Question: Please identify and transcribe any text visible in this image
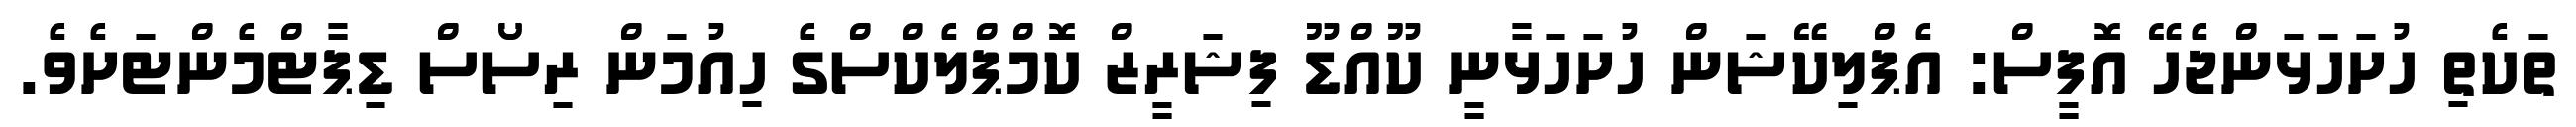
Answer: ތަކެތި ހުށަހަޅަންޖެހޭ އޮފީސް: އެޕްލިކޭޝަން ހުށަހަޅާނީ ކޫއްޑޫ ފިޝަރީޒް ކޮމްޕްލެކްސްގެ ހިއުމަން ރިސޯސް ޑިޕާޓްމެންޓަށެވެ.